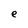
Character: e